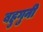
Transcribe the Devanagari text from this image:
बहुगुनी